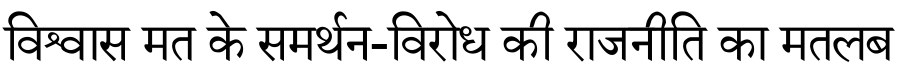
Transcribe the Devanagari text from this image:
विश्वास मत के समर्थन-विरोध की राजनीति का मतलब